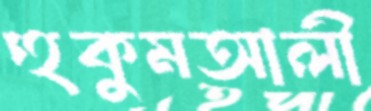
হুকুমআলী